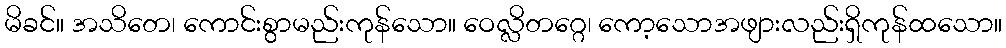
မိခင်။ အသိတေ၊ ကောင်းစွာမည်းကုန်သော။ ဝေလ္လိတဂ္ဂေ၊ ကော့သောအဖျားလည်းရှိကုန်ထသော။